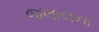
જલાલના